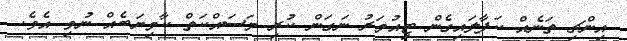
އިންޗި ތަނެއް ކަފާލައިގެން ޓިއުމަރު ނަގަން ކުރި މަސައްކަތް ކާމިޔަބެއް ނުވި އެވެ.